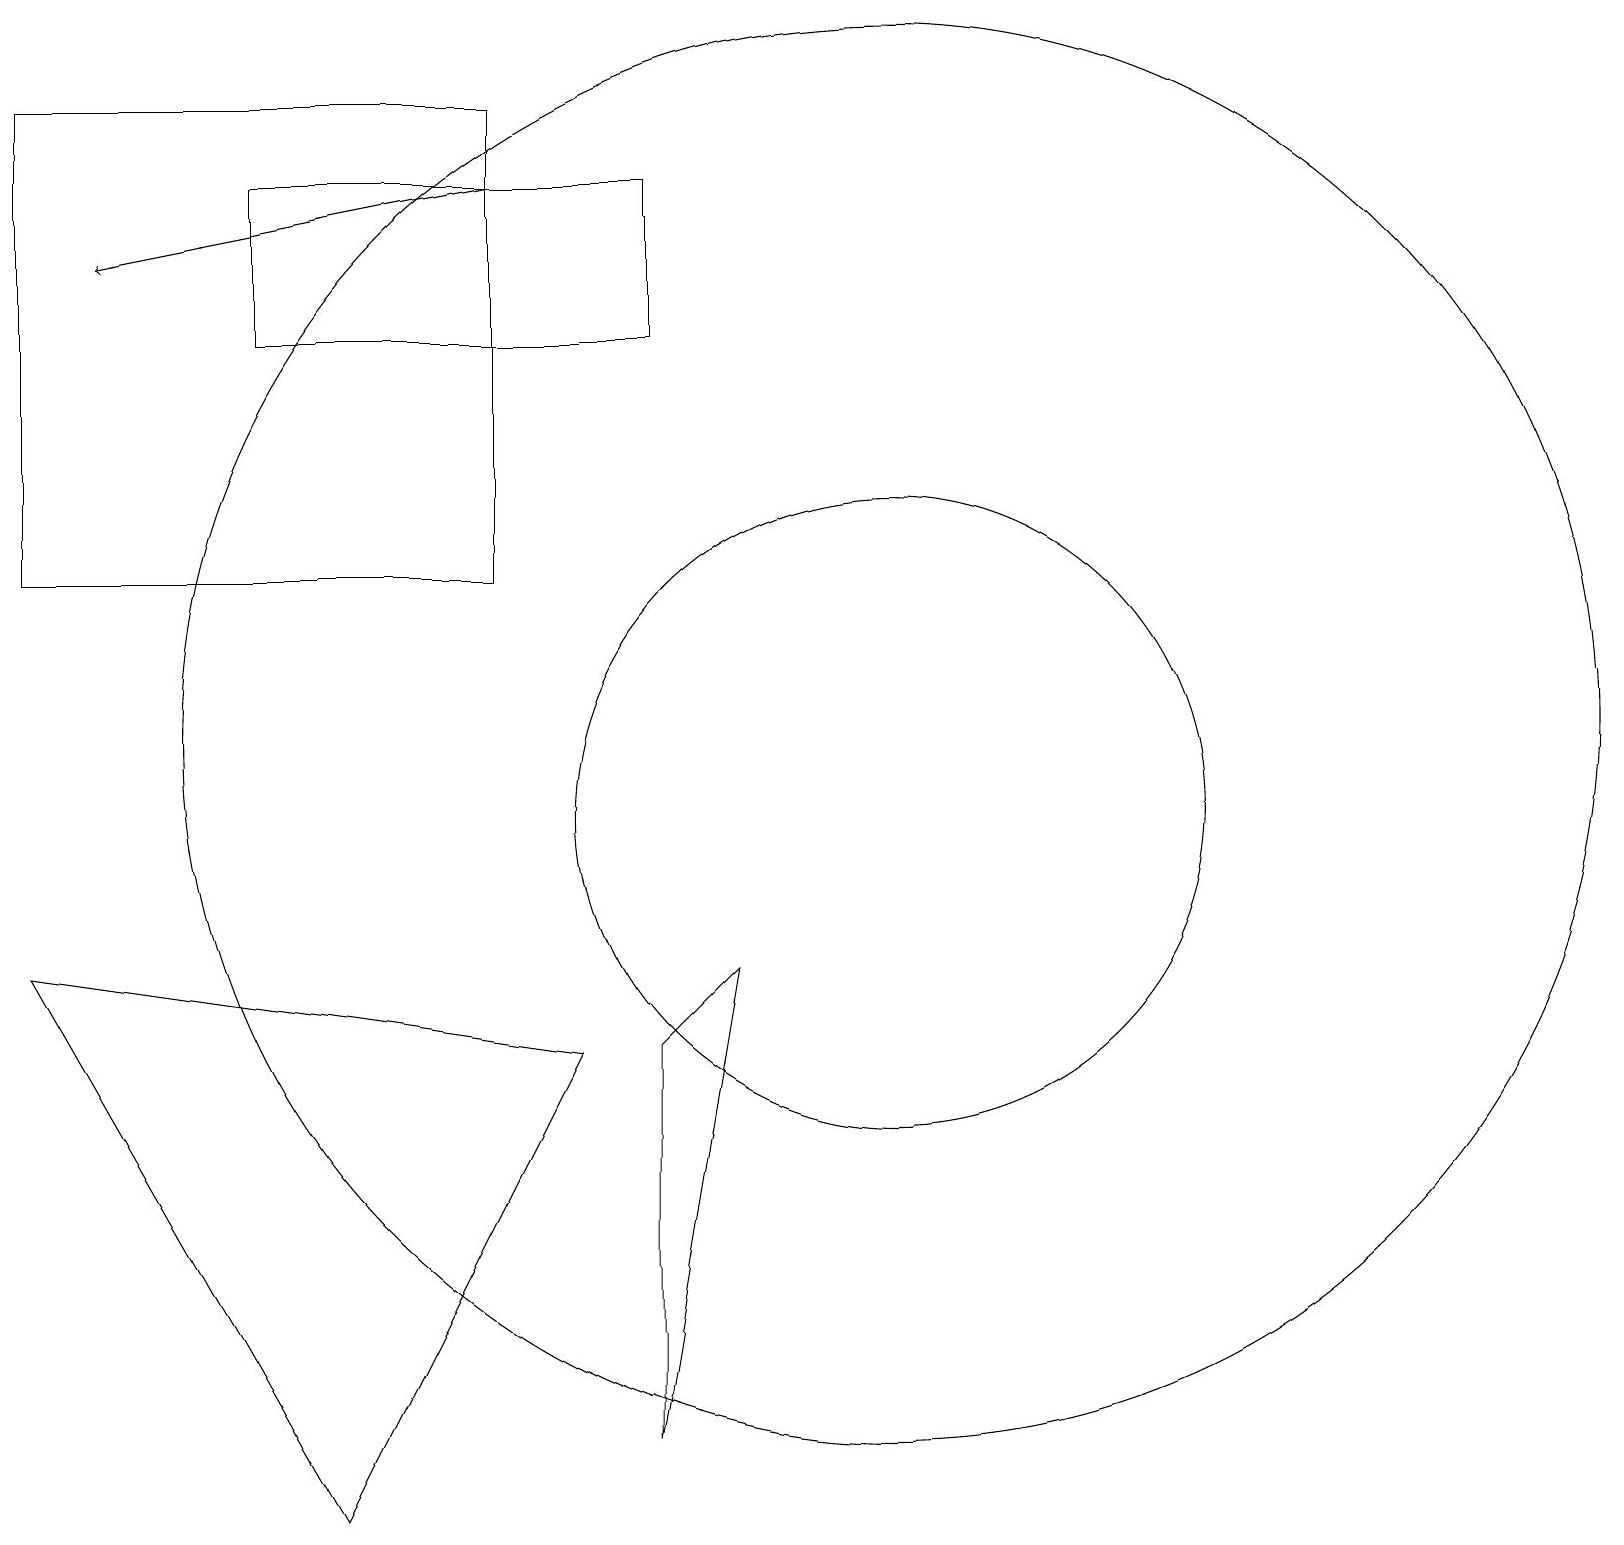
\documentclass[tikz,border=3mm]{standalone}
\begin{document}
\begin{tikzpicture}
\draw (11,11) circle (9);
\draw (11,10) circle (4);
\draw[->] (6,18) -- (1,17);
\draw (6,19) rectangle (0,13);
\draw (8,7) -- (9,8) -- (8,2) -- cycle;
\draw (4,1) -- (0,8) -- (7,7) -- cycle;
\draw (8,18) rectangle (3,16);
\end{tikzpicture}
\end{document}